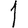
Digit: 1